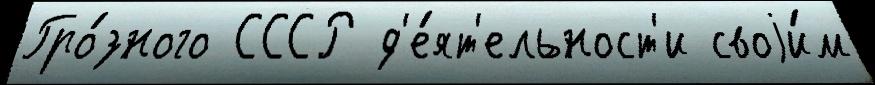
Гро́зного СССР д'е́ят'ельност'и своjи́м